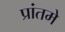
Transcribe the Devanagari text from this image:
प्रांतमे